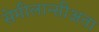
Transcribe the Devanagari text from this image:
सेमीलान्सीअता